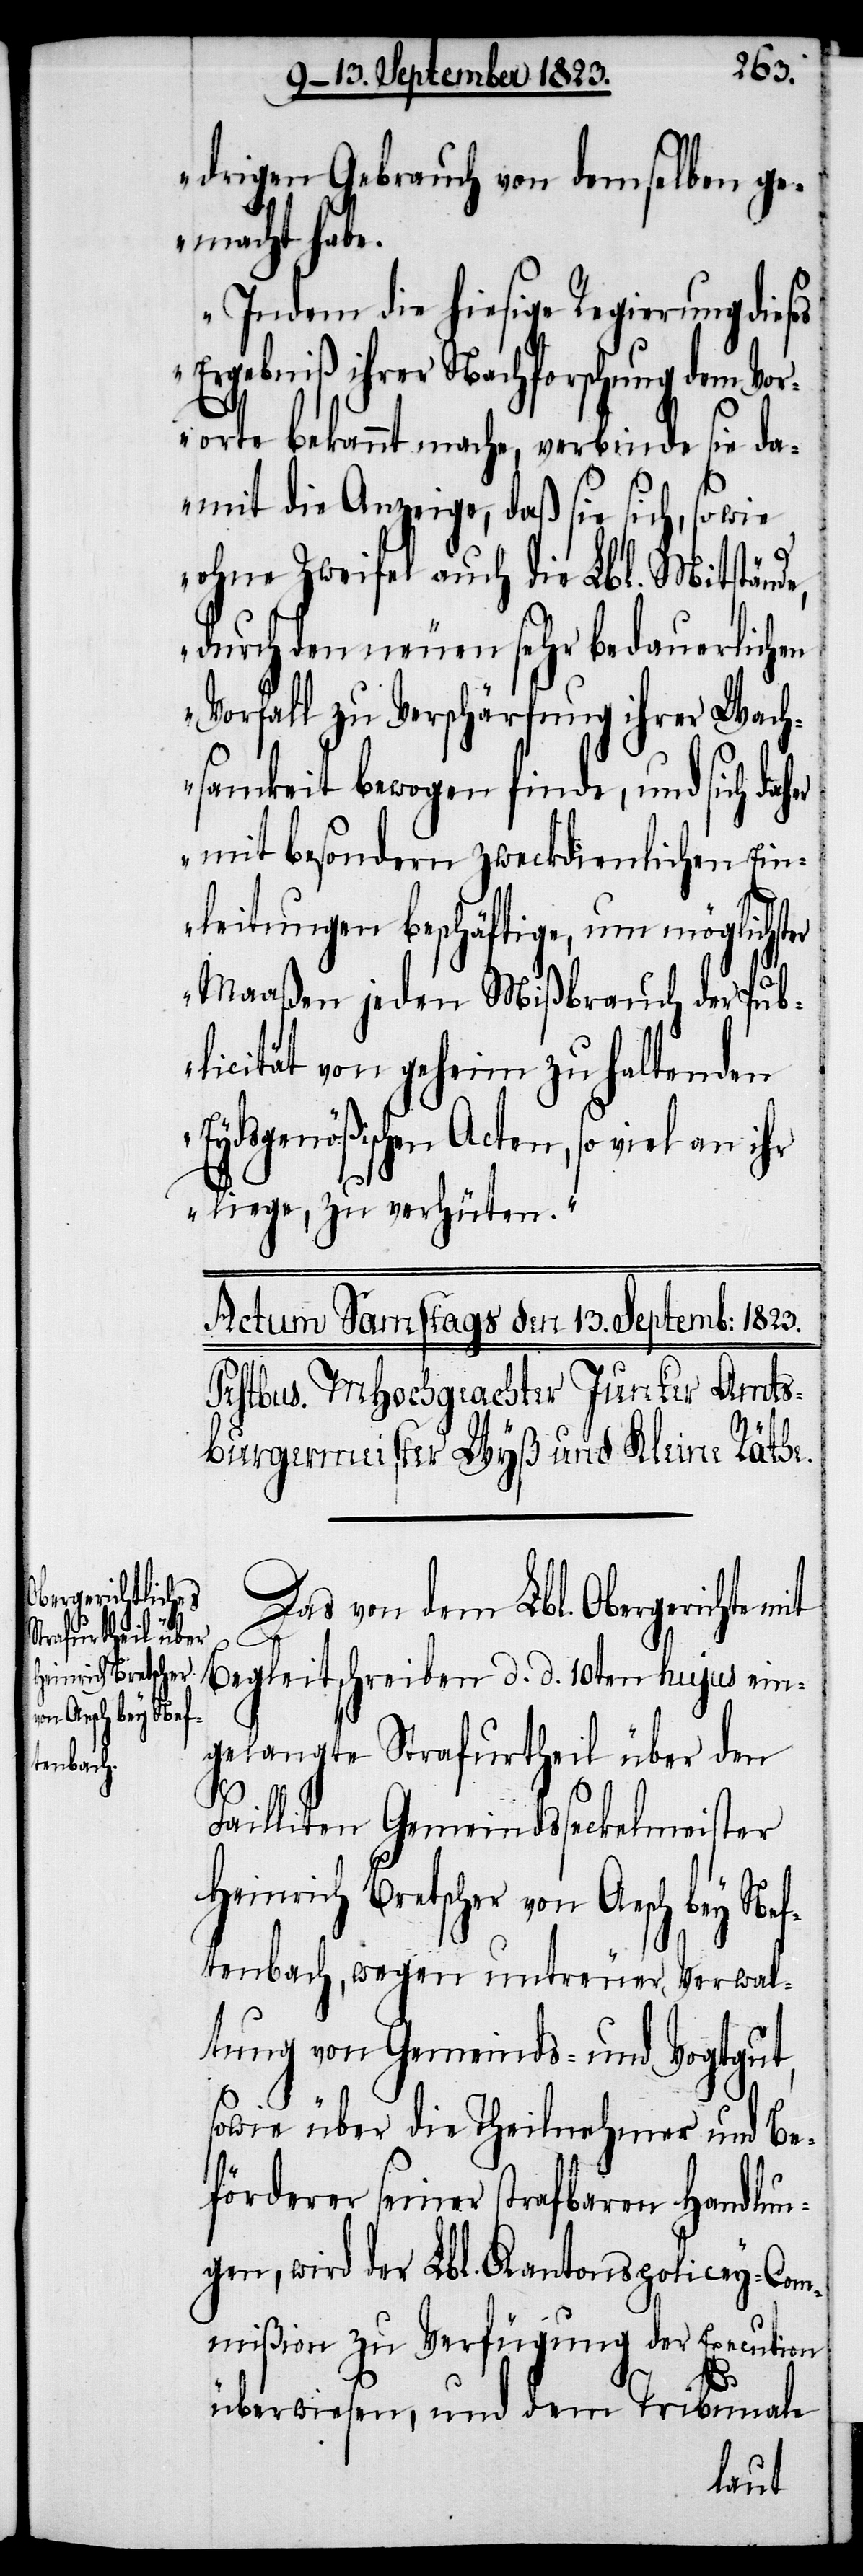
drigen Gebrauch von demselben ge¬
macht habe.
Indem die hiesige Regierung dieses
Ergebniß ihrer Nachforschung dem Vor¬
orte bekannt mache, verbinde sie da¬
mit die Anzeige, daß sie sich, sowie
ohne Zweifel auch die Lbl. Mitstände,
durch den neuen sehr bedauerlichen
Vorfall zu Verschärfung ihrer Wach¬
samkeit bewogen finde, und sich da¬
mit besondern zweckdienlichen Ein¬
leitungen beschäftige, um möglichster
Maaßen jeden Mißbrauch der Pub¬
licität von geheim zu haltenden
Eydsgenößischen Acten, so viel an ihr
liege, zu verhüten.“
Das von dem Lbl. Obergerichte mit
Begleitschreiben d. d. 10ten hujus ein¬
gelangte Strafurtheil über den
Failliten Gemeindsseckelmeister
Heinrich Bretscher von Aesch bey Nef¬
tenbach, wegen untreuer Verwal¬
tung von Gemeinds- und Vogtgut,
her
sowie über die Theilnehmer und Be¬
förderer seiner strafbaren Handlun¬
gen, wird der Lbl. Kantonspolicey-Com¬
mißion zu Verfügung der Execution
überwiesen, und dem Tribunale